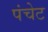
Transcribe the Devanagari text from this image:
पंचेट